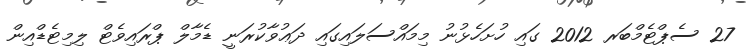
27 ސެޕްޓެމްބަރ 2012 ގައި ހުށަހެޅުނު މިމައްސަލައިގައި ދަޢުވާކުރަނީ ޑެމާލް ޕްރައިވެޓް ލިމިޓެޑްއިން